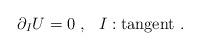
\begin{align*}\partial_I U = 0 ~,~~ I : \mbox{tangent} ~.\end{align*}